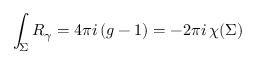
\int _ { \Sigma } R _ { \gamma } = 4 \pi i \, ( g - 1 ) = - 2 \pi i \, \chi ( \Sigma )